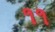
૧૧